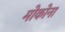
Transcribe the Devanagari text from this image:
मोकोना